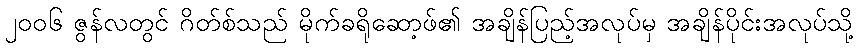
၂၀၀၆ ဇွန်လတွင် ဂိတ်စ်သည် မိုက်ခရိုဆော့ဖ်၏ အချိန်ပြည့်အလုပ်မှ အချိန်ပိုင်းအလုပ်သို့